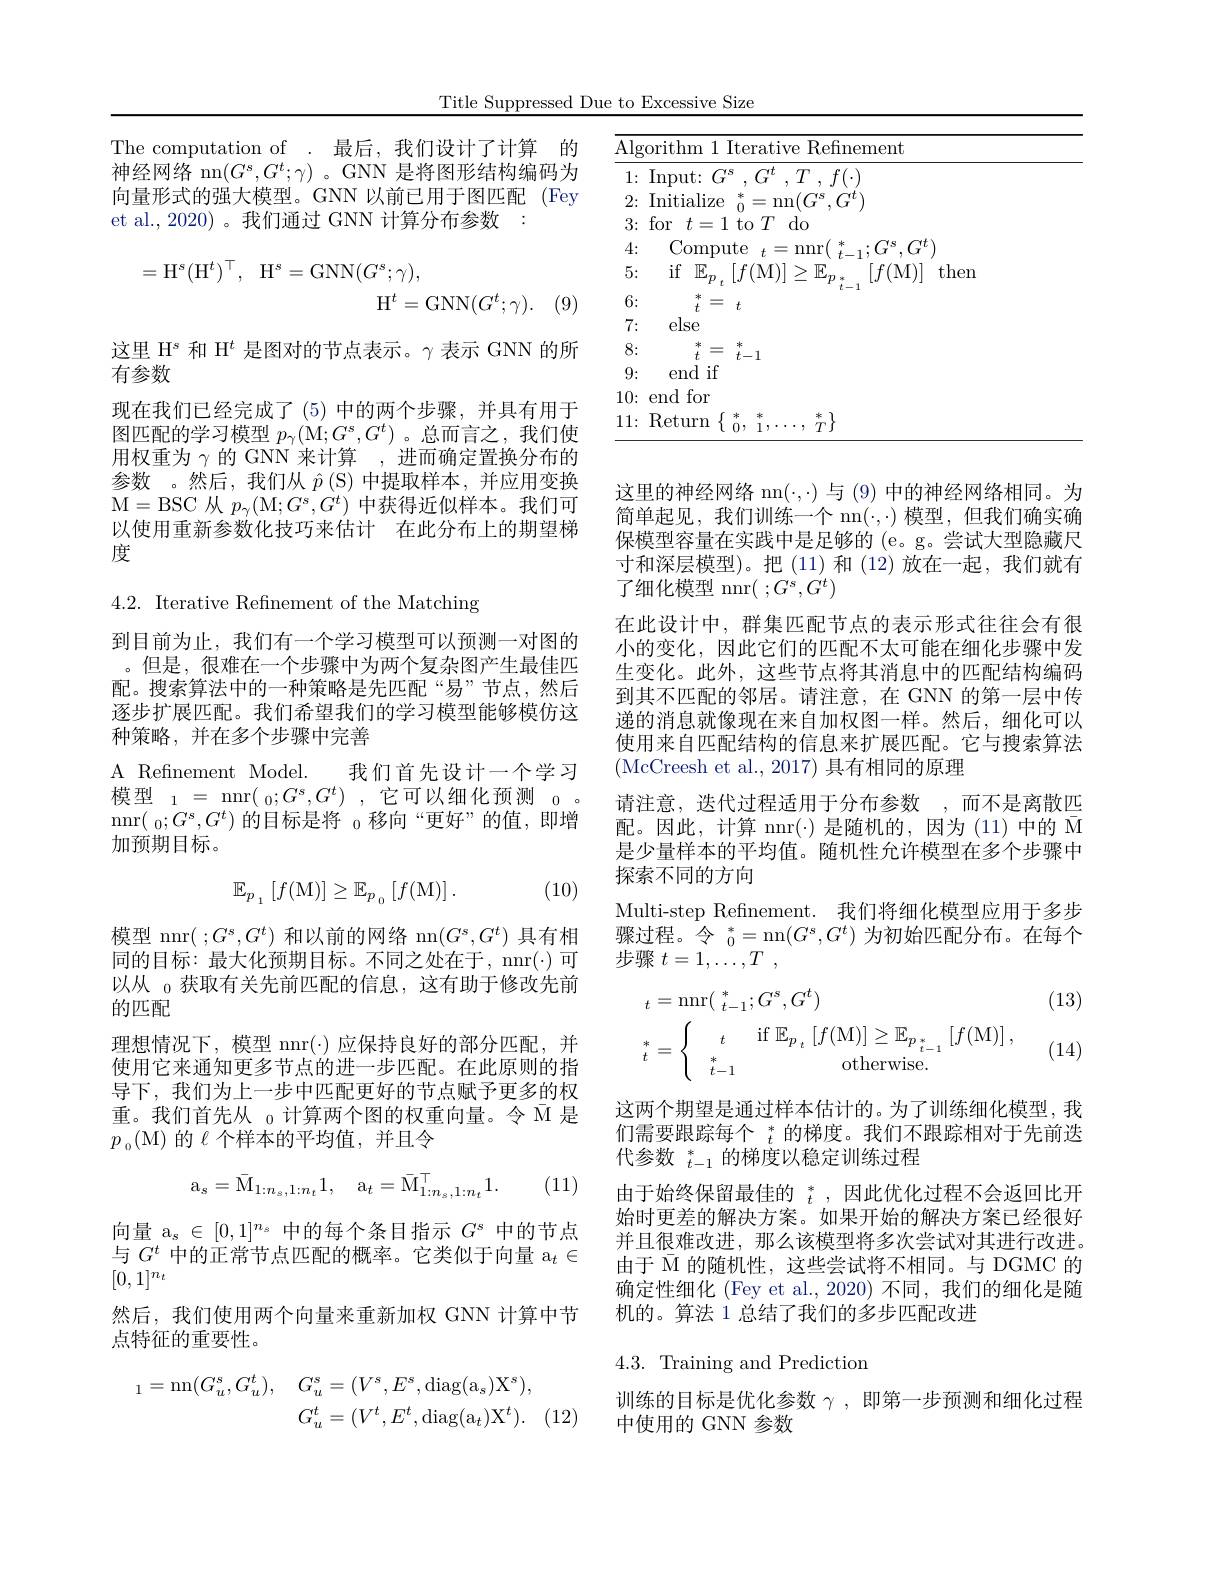
Title Suppressed Due to Excessive Size

The computation of . 最后，我们设计了计算 的神经网络 nn$(G^s,G^t;\gamma)$ 。GNN 是将图形结构编码为向量形式的强大模型。GNN 以前已用于图匹配(Fey et al., 2020) 。我们通过 GNN 计算分布参数 :
$$\begin{aligned}=\mathrm{H}^{s}(\mathrm{H}^{t})^{\top},\quad\mathrm{H}^{s}=\mathrm{GNN}(G^{s};\gamma),\\\mathrm{H}^{t}=\mathrm{GNN}(G^{t};\gamma).\end{aligned}$$
这里$\mathcal{H}^\mathrm{s}$和$\mathcal{H}^t$是图对的节点表示。$\gamma$表示 GNN 的所
有参数
现在我们已经完成了(5)中的两个步骤，并具有用于图匹配的学习模型$p_\gamma($M$;G^s,G^t)$ 。总而言之，我们使用权重为$\gamma$的 GNN 来计算 ,进而确定置换分布的参数 。然后，我们从$\hat{p}\left(\mathrm{S}\right)$中提取样本，并应用变换M= BSC 从 $p_{\gamma }($M$;G^s,G^t)$中获得近似样本。我们可以使用重新参数化技巧来估计 在此分布上的期望梯度

4.2. Iterative Refinement of the Matching

到目前为止，我们有一个学习模型可以预测一对图的。但是，很难在一个步骤中为两个复杂图产生最佳匹配。搜索算法中的一种策略是先匹配“易”节点，然后逐步扩展匹配。我们希望我们的学习模型能够模仿这种策略，并在多个步骤中完善
A Refinement Model. 我们首先设计一个学习模型$_1=$ nnr$(_0;G^s,G^t)$ ,它可以细化预测$_0.$ nnr$(\:_0;G^s,G^t)$的目标是将$_0$移向“更好”的值，即增加预期目标。

(10)
$$\mathbb{E}_{p_{_1}}\left[f(\mathrm{M})\right]\geq\mathbb{E}_{p_{_0}}\left[f(\mathrm{M})\right].$$
模型 nnr( ;$G^s,G^t)$和以前的网络 nn$(G^s,G^t)$具有相同的目标：最大化预期目标。不同之处在于，nnr(·)可以从$_{0}$获取有关先前匹配的信息，这有助于修改先前的匹配
理想情况下，模型 nnr(-)应保持良好的部分匹配，并使用它来通知更多节点的进一步匹配。在此原则的指导下，我们为上一步中匹配更好的节点赋予更多的权重。我们首先从$_0$计算两个图的权重向量。令 M 是$p_0($M)的$\ell$ 个样本的平均值，并且令
$$\mathrm{a}_s=\bar{\mathrm{M}}_{1:n_s,1:n_t}1,\quad\mathrm{a}_t=\bar{\mathrm{M}}_{1:n_s,1:n_t}^\top1.$$
(11)

向量$a_s\in$[ 0, 1$] ^{n_s}$中的每个条目指示$G^\mathrm{s}$中的节点与$G^t$中的正常节点匹配的概率。它类似于向量 a$_t\in$ $[0,1]^{n_t}$
然后，我们使用两个向量来重新加权 GNN 计算中节
点特征的重要性。
$$\begin{aligned}_{1}=\mathrm{nn}(G_{u}^{s},G_{u}^{t}),&G_{u}^{s}=(V^{s},E^{s},\mathrm{diag}(\mathrm{a}_{s})\mathrm{X}^{s}),\\&G_{u}^{t}=(V^{t},E^{t},\mathrm{diag}(\mathrm{a}_{t})\mathrm{X}^{t}).\end{aligned}$$
<table>
	<tbody>
		<tr>
			<th>$\overline{\mathrm{Alg}}$</th>
			<th>m 1 Iterative Refinement</th>
		</tr>
		<tr>
			<td>1: $\bullet$ T</td>
			<td>t: $G^{s}$ , $G^{t}$ , $T$ , $f( \cdot )$ </td>
		</tr>
		<tr>
			<td>2:</td>
			<td>alize 米 =nn$(G^{s},G^{t}$</td>
		</tr>
		<tr>
			<td>3:</td>
			<td>$t=1$to$T$do</td>
		</tr>
		<tr>
			<td>4:</td>
			<td>mpute $t=$nnr $r$ $\therefore G$</td>
		</tr>
		<tr>
			<td>5 1 1</td>
			<td>$\mathbb{E}_{p_{\:t}}\left[f(\mathrm{M})\right]\geq\mathbb{E}_{p_{\:*}}$ $[f($M)] then </td>
		</tr>
		<tr>
			<td>6:</td>
			<td>冰</td>
		</tr>
		<tr>
			<td>7: 1 T</td>
			<td>$ie$</td>
		</tr>
		<tr>
			<td>8:</td>
			<td>冰 冰 手 $f\_$</td>
		</tr>
		<tr>
			<td>9:</td>
			<td>d if</td>
		</tr>
		<tr>
			<td>10:</td>
			<td>for</td>
		</tr>
		<tr>
			<td>11: </td>
			<td>本 TY T</td>
		</tr>
	</tbody>
</table>

这里的神经网络 nn$(\cdot,\cdot)$与 (9) 中的神经网络相同。为简单起见，我们训练一个 nn$(\cdot,\cdot)$模型，但我们确实确保模型容量在实践中是足够的 (e。g。尝试大型隐藏尺寸和深层模型)。把 (11)和 (12)放在一起，我们就有了细化模型 nnr( $;G^s,G^t)$
在此设计中，群集匹配节点的表示形式往往会有很小的变化，因此它们的匹配不太可能在细化步骤中发生变化。此外，这些节点将其消息中的匹配结构编码到其不匹配的邻居。请注意，在 GNN 的第一层中传递的消息就像现在来自加权图一样。然后，细化可以使用来自匹配结构的信息来扩展匹配。它与搜索算法(McCreesh et al., 2017) 具有相同的原理
请注意，迭代过程适用于分布参数 ,而不是离散匹配。因此，计算 nnr(·)是随机的，因为(11)中的$\bar{\mathrm{M}}$ 是少量样本的平均值。随机性允许模型在多个步骤中探索不同的方向
Multi-step Refinement. 我们将细化模型应用于多步骤过程。令$\begin{array}{c}{*}\\{0}\end{array}=$nn$(G^s,G^t)$为初始匹配分布。在每个步骤$t= 1, \ldots , T$ ,
$$\left.\begin{aligned}&_{t}=\mathrm{nnr}(\begin{smallmatrix}*\\t-1\end{smallmatrix};G^{s},G^{t})\\&_t^*=\left\{\begin{array}{cc}t&\mathrm{if~}\mathbb{E}_{p_t}\left[f(\mathrm{M})\right]\geq\mathbb{E}_{p_{t-1}^*}\left[f(\mathrm{M})\right],\\*&\mathrm{otherwise}.\end{array}\right.\\\end{aligned}\right.$$
(13)

, (14)

这两个期望是通过样本估计的。为了训练细化模型，我们需要跟踪每个$_t^*$的梯度。我们不跟踪相对于先前迭代参数$_t-1^*$的梯度以稳定训练过程
由于始终保留最佳的 $_t^*$,因此优化过程不会返回比开始时更差的解决方案。如果开始的解决方案已经很好并且很难改进，那么该模型将多次尝试对其进行改进。由于$\bar{\mathcal{M}}$的随机性，这些尝试将不相同。与 DGMC 的确定性细化 (Fey et al.,2020) 不同，我们的细化是随机的。算法 1 总结了我们的多步匹配改进

## 4.3. Training and Prediction

训练的目标是优化参数$\gamma$,即第一步预测和细化过程
中使用的 GNN 参数